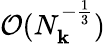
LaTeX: \mathcal{O}(N_{\mathbf{k}}^{-\frac 13})